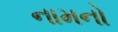
નામનો